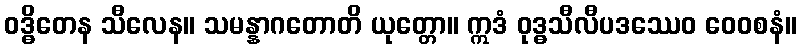
ဝဒ္ဓိတေန သီလေန။ သမန္နာဂတောတိ ယုတ္တော။ ဣဒံ ဝုဒ္ဓသီလီပဒဿေဝ ဝေဝစနံ။